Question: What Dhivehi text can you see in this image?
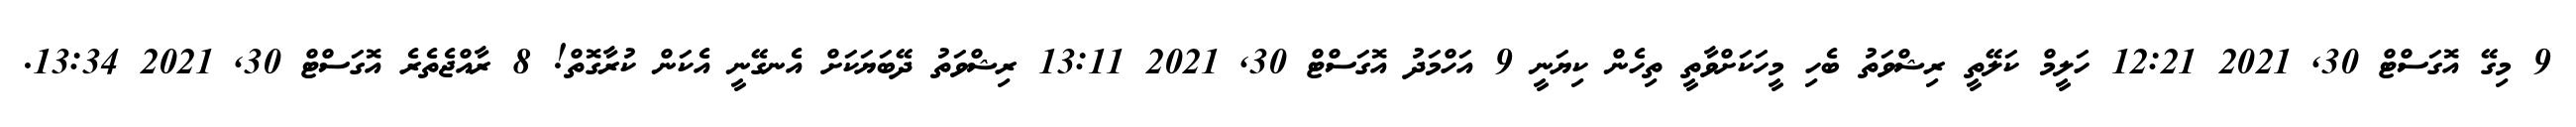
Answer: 9 މިގޭ އޮގަސްޓް 30, 2021 12:21 ހަލީމް ކަލޭތީ ރިޝްވަތު ބެހި މީހަކަށްވާތީ ތިހެން ކިޔަނީ 9 އަހްމަދު އޮގަސްޓް 30, 2021 13:11 ރިޝްވަތު ދޭބަޔަކަށް އެނގޭނީ އެކަން ކުރާގޮތް! 8 ރާއްޖެތެރެ އޮގަސްޓް 30, 2021 13:34.